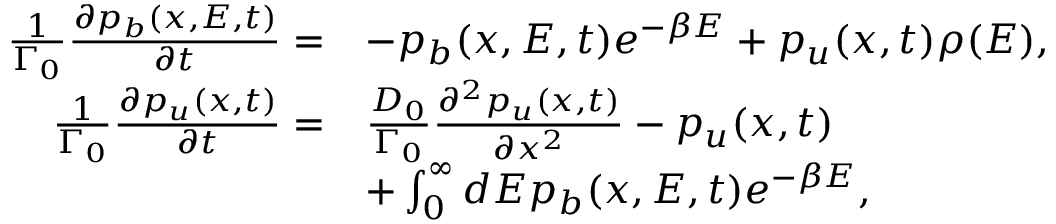
\begin{array} { r l } { \frac { 1 } { \Gamma _ { 0 } } \frac { \partial p _ { b } ( x , E , t ) } { \partial t } = } & { - p _ { b } ( x , E , t ) e ^ { - \beta E } + p _ { u } ( x , t ) \rho ( E ) , } \\ { \frac { 1 } { \Gamma _ { 0 } } \frac { \partial p _ { u } ( x , t ) } { \partial t } = } & { \frac { D _ { 0 } } { \Gamma _ { 0 } } \frac { \partial ^ { 2 } p _ { u } ( x , t ) } { \partial x ^ { 2 } } - p _ { u } ( x , t ) } \\ & { + \int _ { 0 } ^ { \infty } d E p _ { b } ( x , E , t ) e ^ { - \beta E } , } \end{array}